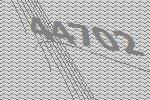
44702